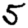
Digit: 5